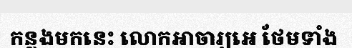
កន្លងមកនេះ លោកអាចារ្យអេ ថែមទាំង